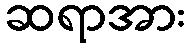
ဆရာအား